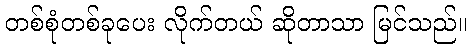
တစ်စုံတစ်ခုပေး လိုက်တယ် ဆိုတာသာ မြင်သည်။